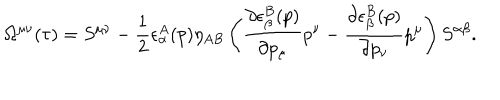
\Omega ^ { \mu \nu } ( \tau ) = S ^ { \mu \nu } - \frac { 1 } { 2 } \epsilon _ { \alpha } ^ { A } ( p ) \eta _ { A B } \left( \frac { \partial \epsilon _ { \beta } ^ { B } ( p ) } { \partial p _ { \mu } } p ^ { \nu } - \frac { \partial \epsilon _ { \beta } ^ { B } ( p ) } { \partial p _ { \nu } } p ^ { \mu } \right) S ^ { \alpha \beta } .